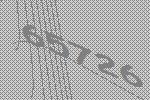
65726